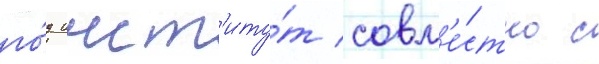
го́д инст'иту́т совм'е́стно с